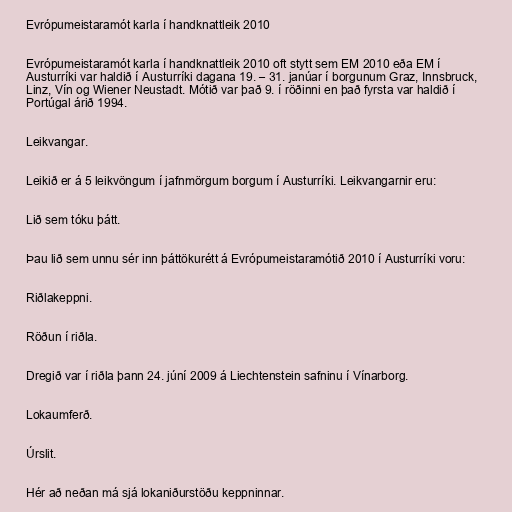
Evrópumeistaramót karla í handknattleik 2010

Evrópumeistaramót karla í handknattleik 2010 oft stytt sem EM 2010 eða EM í
Austurríki var haldið í Austurríki dagana 19. – 31. janúar í borgunum Graz, Innsbruck,
Linz, Vín og Wiener Neustadt. Mótið var það 9. í röðinni en það fyrsta var haldið í
Portúgal árið 1994.

Leikvangar.

Leikið er á 5 leikvöngum í jafnmörgum borgum í Austurríki. Leikvangarnir eru:

Lið sem tóku þátt.

Þau lið sem unnu sér inn þáttökurétt á Evrópumeistaramótið 2010 í Austurríki voru:

Riðlakeppni.

Röðun í riðla.

Dregið var í riðla þann 24. júní 2009 á Liechtenstein safninu í Vínarborg.

Lokaumferð.

Úrslit.

Hér að neðan má sjá lokaniðurstöðu keppninnar.